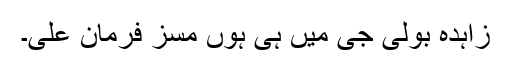
زاہدہ بولی جی میں ہی ہوں مسز فرمان علی۔